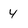
Character: 4